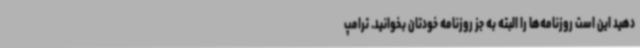
دهید این است روزنامه‌ها را البته به جز روزنامه خودتان بخوانید. ترامپ